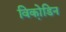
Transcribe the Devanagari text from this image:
विको़डिन